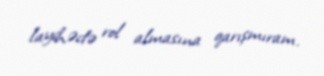
layihədə rol almasına qarışmıram.